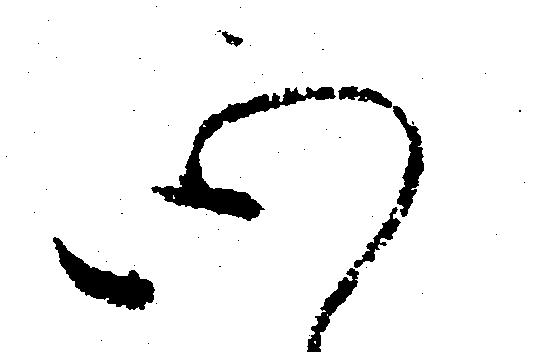
心